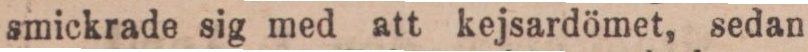
smickrade sig med att kejsardömet, sedan